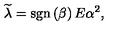
\widetilde { \lambda } = \mathrm { s g n } \left( \beta \right) E \alpha ^ { 2 } ,